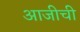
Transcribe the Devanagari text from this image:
आजीची